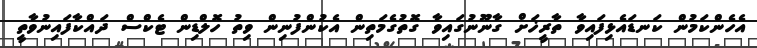
އެހެންކަމުން ކަނޑައެޅިފައިވާ ތާރީޚަށް ގާނޫނުގައިވާ ގޮތުގެމަތިން އެކުންފުނިން ވިތު ހޮލްޑިން ޓެކްސް ދައްކާފައިނުވާތީ